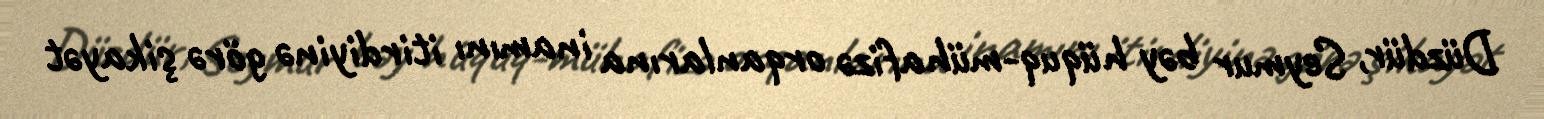
Düzdür, Seymur bəy hüquq-mühafizə orqanlarına inamını itirdiyinə görə şikayət